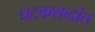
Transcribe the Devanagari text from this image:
घटकशब्दांत